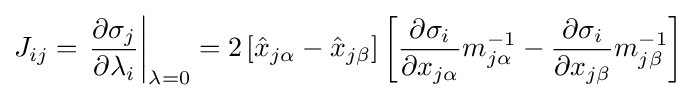
J_{ij}=\left.{\frac {\partial \sigma _{j}}{\partial \lambda _{i}}}\right|_{\mathbf {\lambda } =0}=2\left[{\hat {x}}_{j\alpha }-{\hat {x}}_{j\beta }\right]\left[{\frac {\partial \sigma _{i}}{\partial x_{j\alpha }}}m_{j\alpha }^{-1}-{\frac {\partial \sigma _{i}}{\partial x_{j\beta }}}m_{j\beta }^{-1}\right]